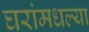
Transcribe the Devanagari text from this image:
घरांमधल्या